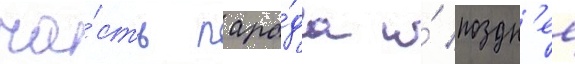
ча́сть пара́да и́ поздн'ее